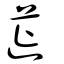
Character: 蓰